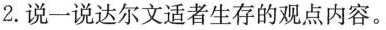
2.说一说达尔文适者生存的观点内容。